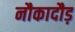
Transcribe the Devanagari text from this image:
नौकादौड़